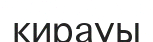
кирауы